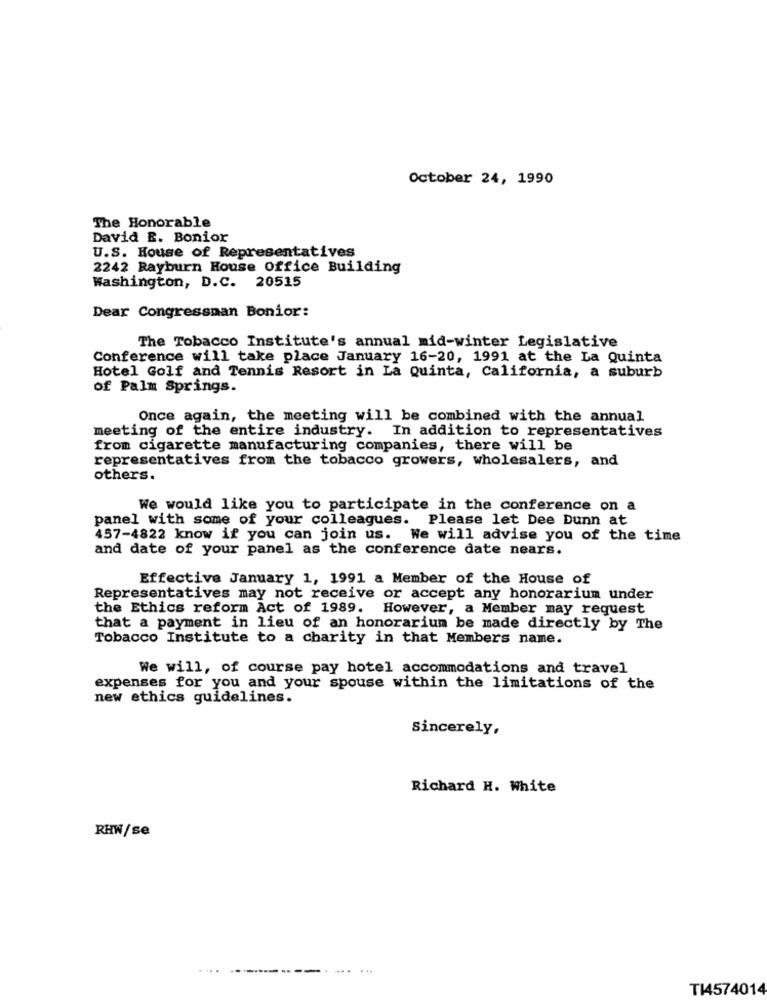
October 24, 1990
The Honorable
David E. Bonior
U.S. House of Representatives
2242 Rayburn House Office Building
Washington, D.C. 20515
Dear Congressman Bonior:
The Tobacco Institute's annual mid-winter Legislative
Conference will take place January 16-20, 1991 at the La Quinta
Hotel Golf and Tennis Resort in La Quinta, California, a suburb
of Palm Springs.
Once again, the meeting will be combined with the annual
meeting of the entire industry. In addition to representatives
from cigarette manufacturing companies, there will be
representatives from the tobacco growers, wholesalers, and
others.
We would like you to participate in the conference on a
panel with some of your colleagues. Please let Dee Dunn at
457-4822 know if you can join us. We will advise you of the time
and date of your panel as the conference date nears.
Effective January 1, 1991 a Member of the House of
Representatives may not receive or accept any honorarium under
the Ethics reform Act of 1989. However, a Member may request
that a payment in lieu of an honorarium be made directly by The
Tobacco Institute to a charity in that Members name.
We will, of course pay hotel accommodations and travel
expenses for you and your spouse within the limitations of the
new ethics guidelines.
Sincerely,
Richard H. White
RHW/se
T14574014